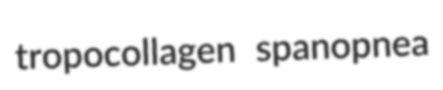
tropocollagen spanopnea